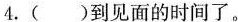
4.()到见面的时间了。